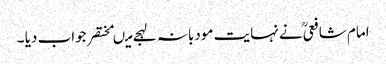
امام شافعیؒ نے نہایت مودبانہ لہجے میںمختصر جواب دیا ۔